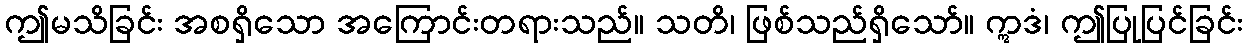
ဤမသိခြင်း အစရှိသော အကြောင်းတရားသည်။ သတိ၊ ဖြစ်သည်ရှိသော်။ ဣဒံ၊ ဤပြုပြင်ခြင်း